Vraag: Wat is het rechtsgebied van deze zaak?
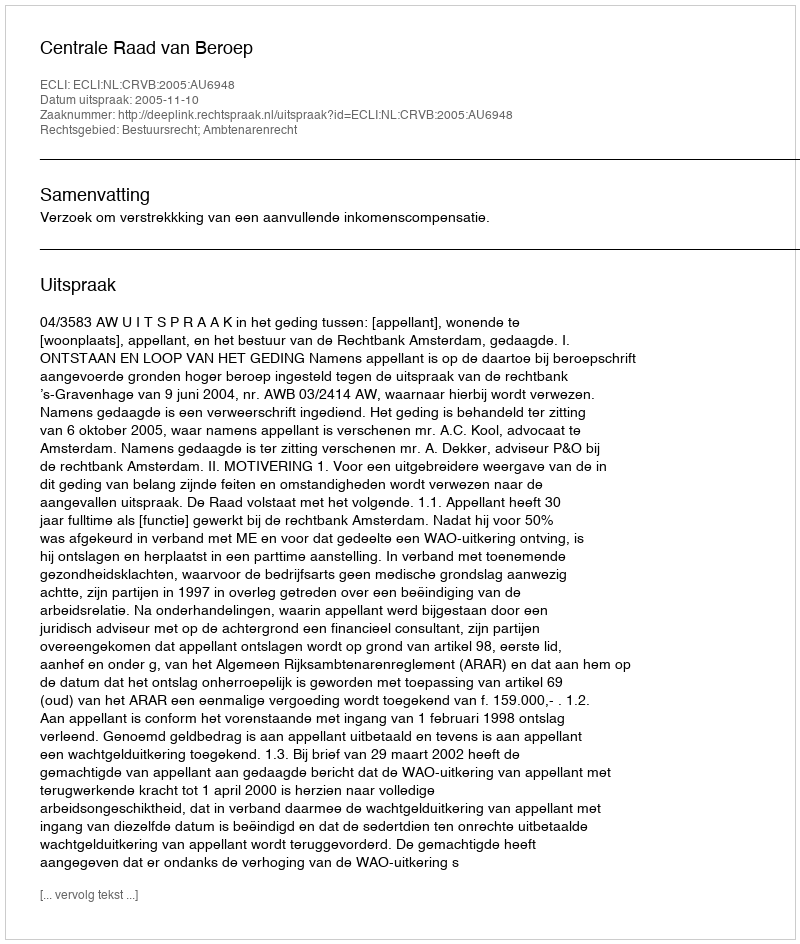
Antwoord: Bestuursrecht; Ambtenarenrecht